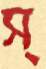
স্